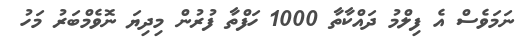
ނަމަވެސް އެ ފިލްމު ދައްކާތާ 1000 ހަފްތާ ފުރުން މިދިޔަ ނޮވެމްބަރު މަހު